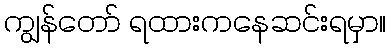
ကျွန်တော် ရထားကနေဆင်းရမှာ။